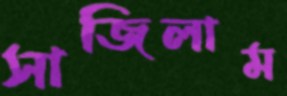
সাজিলাম